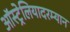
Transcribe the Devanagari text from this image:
ऑस्ट्रेलियादरम्यान